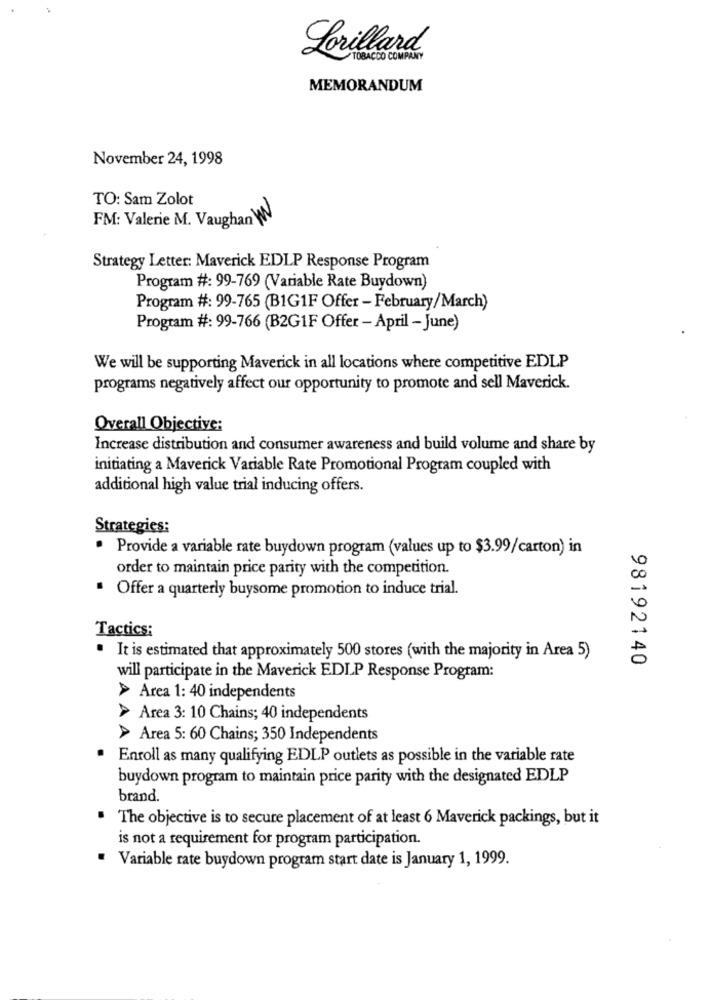
Lorillard
TOBACCO COMPANY
MEMORANDUM
November 24, 1998
TO: Sam Zolot
FM: Valerie M. Vaughan W
Strategy Letter: Maverick EDLP Response Program
Program #: 99-769 (Variable Rate Buydown)
Program #: 99-765 (B1G1F Offer - February/March)
Program #: 99-766 (B2G1F Offer - April - June)
We will be supporting Maverick in all locations where competitive EDLP
programs negatively affect our opportunity to promote and sell Maverick.
Overall Objective:
Increase distribution and consumer awareness and build volume and share by
initiating a Maverick Variable Rate Promotional Program coupled with
additional high value trial inducing offers.
Strategies:
Provide a variable rate buydown program (values up to $3.99/carton) in
order to maintain price parity with the competition.
Offer a quarterly buysome promotion to induce trial.
Tactics:
It is estimated that approximately 500 stores (with the majority in Area 5)
98192140
will participate in the Maverick EDIP Response Program:
> Area 1: 40 independents
> Area 3: 10 Chains; 40 independents
> Area 5: 60 Chains; 350 Independents
Enroll as many qualifying EDLP outlets as possible in the variable rate
buydown program to maintain price parity with the designated EDLP
brand.
The objective is to secure placement of at least 6 Maverick packings, but it
is not a requirement for program participation.
Variable rate buydown program start date is January 1, 1999.